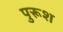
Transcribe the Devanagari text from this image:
पुरूश